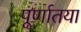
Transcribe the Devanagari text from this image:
पूर्णातया